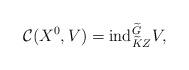
LaTeX: \begin{align*}{\mathcal C}(X^0,V)={\rm ind}_{\widetilde{K}Z}^{\widetilde{G}}V,\end{align*}